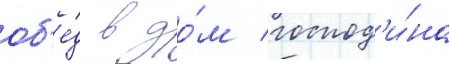
об'е́д в до́м господ'и́на